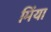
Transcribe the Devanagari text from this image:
मिंया